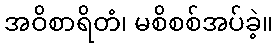
အဝိစာရိတံ၊ မစိစစ်အပ်ခဲ့။